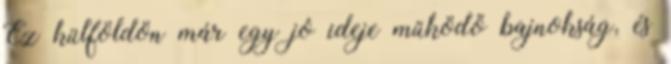
Ez külföldön már egy jó ideje működő bajnokság, és